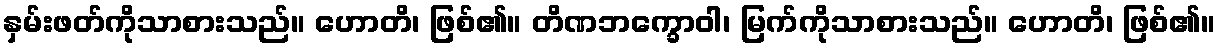
နှမ်းဖတ်ကိုသာစားသည်။ ဟောတိ၊ ဖြစ်၏။ တိဏဘက္ခောဝါ၊ မြက်ကိုသာစားသည်။ ဟောတိ၊ ဖြစ်၏။